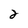
Character: 2